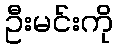
ဦးမင်းကို